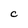
Character: C